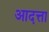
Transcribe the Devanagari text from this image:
आदत्ता